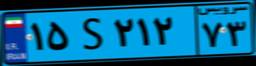
۹۳S۶۳۰۳۵